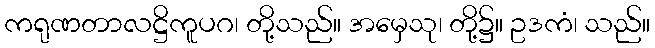
ကရုဏတာလဋ္ဌိကူပဂ၊ တို့သည်။ အမှေသု၊ တို့၌။ ဥဒကံ၊ သည်။